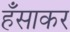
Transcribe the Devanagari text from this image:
हँसाकर